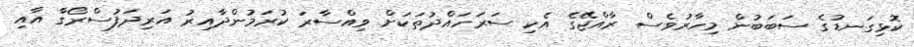
ކޮޅިގަނޑުގެ ސަބަބުން މިހާރުވެސް ރާއްޖޭގެ އެކި ސަރަހައްދުތަކަށް ވިއްސާރަ ކުރަމުންދާއިރު އަރިދަފުސްރޯގާ އާއި